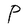
Character: P